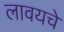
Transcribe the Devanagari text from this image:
लावयचे